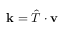
\mathbf { k } = \hat { T } \cdot \mathbf { v }